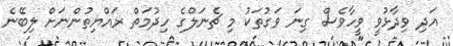
އަދި ވިދާޅުވީ ވީހާވެސް ގިނަ ވަގުތަކު މި ޗެނަލްގެ ހިދުމަތް ރައްޔިތުންނަށް ލިބޭނެ